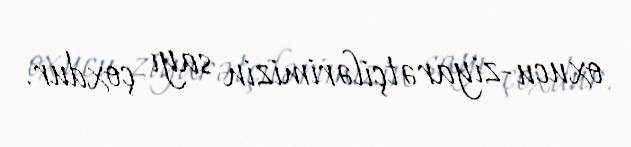
oxucu-ziyarətçilərimizin sayı çoxdur.